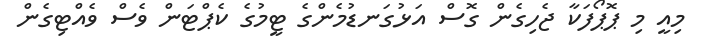
މިއީ މި ޕޮޕޯފަކާ ޖެހިގެން ގޮސް އަޅުގަނޑުމެންގެ ޓީމުގެ ކެޕްޓަން ވެސް ވެއްޓިގެން